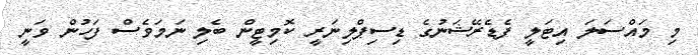
މި މައްސަލަ އިޓަލީ ފެޑެރޭޝަނުގެ ޑިސިޕްލިނަރީ ކޮމިޓީން ބެލި ނަމަވެސް ފަހުން ވަނީ